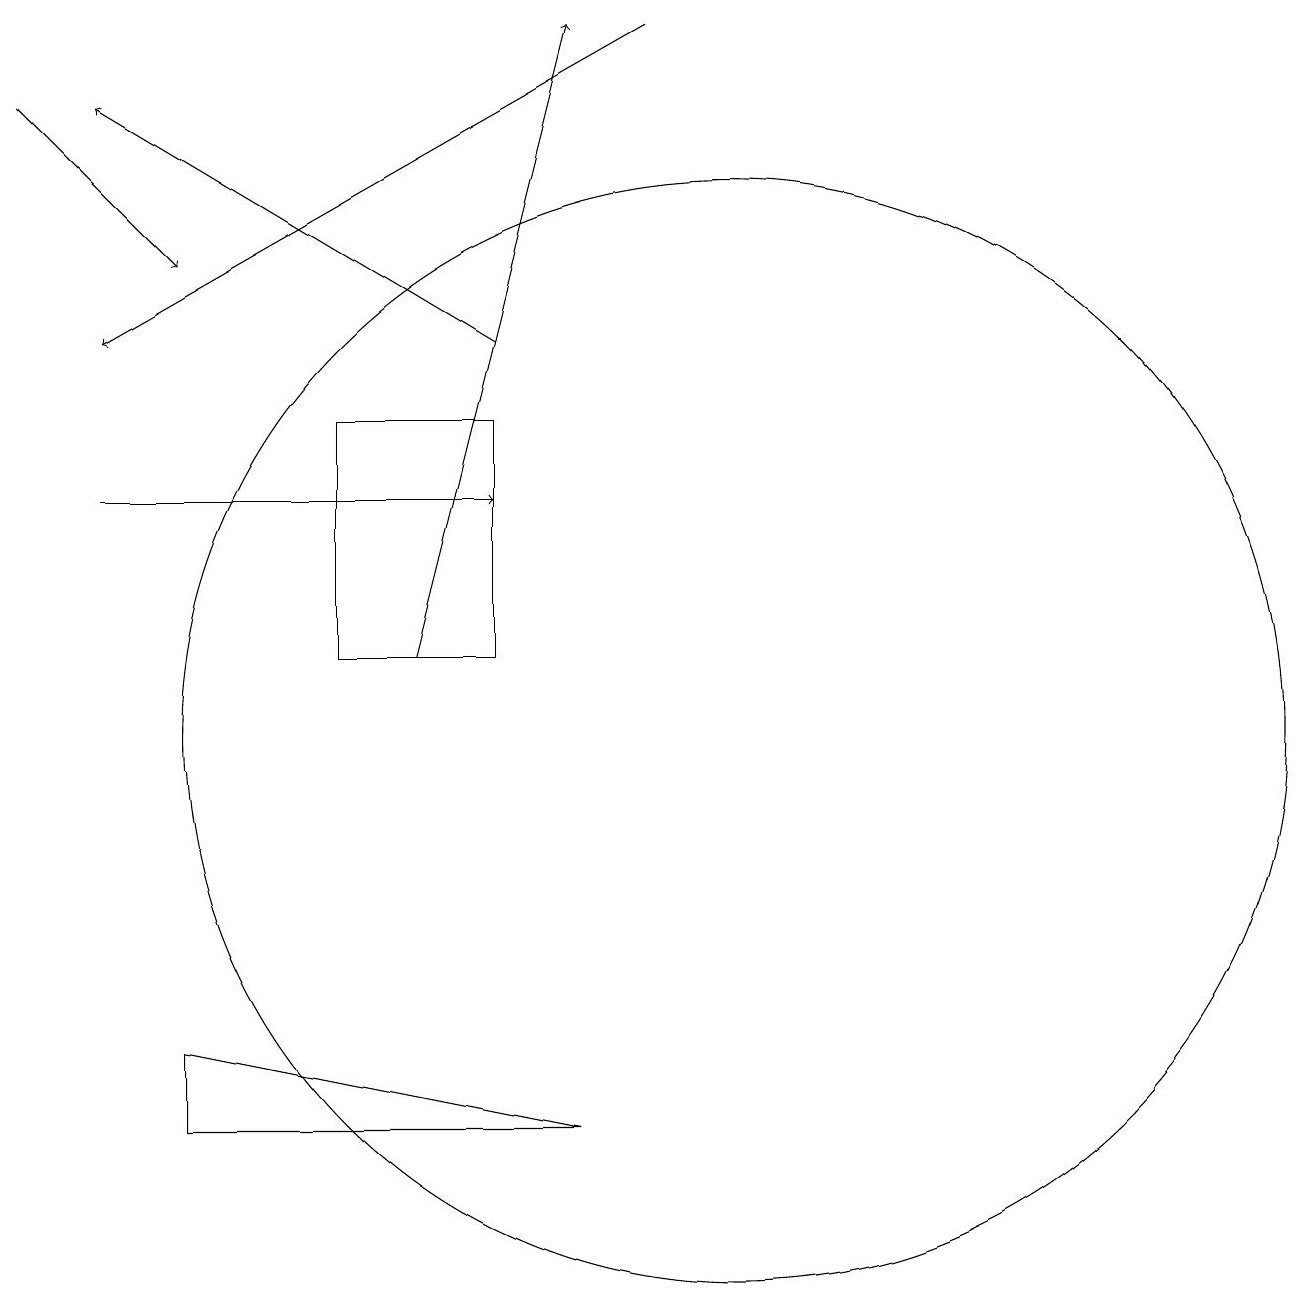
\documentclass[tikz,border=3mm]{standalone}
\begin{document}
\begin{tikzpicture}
\draw[->] (2,13) -- (7,13);
\draw[->] (9,19) -- (2,15);
\draw[->] (7,15) -- (2,18);
\draw (5,14) rectangle (7,11);
\draw (10,10) circle (7);
\draw[->] (1,18) -- (3,16);
\draw[->] (6,11) -- (8,19);
\draw (3,6) -- (3,5) -- (8,5) -- cycle;
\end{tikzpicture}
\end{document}